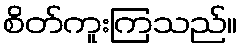
စိတ်ကူးကြသည်။